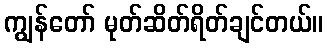
ကျွန်တော် မုတ်ဆိတ်ရိတ်ချင်တယ်။